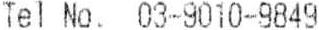
TEL NO. 03-9010-9849